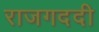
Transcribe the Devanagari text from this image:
राजगददी